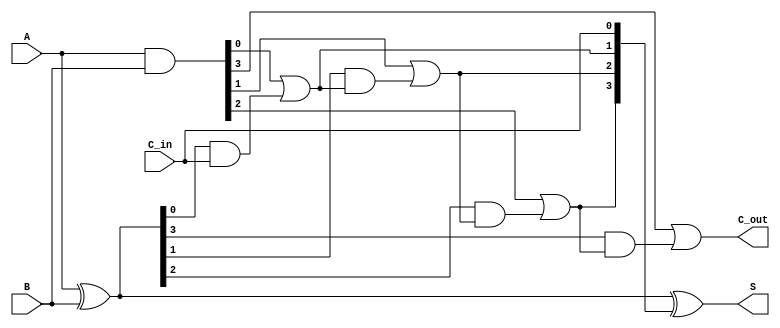
module CarryLookaheadAdder #(
    parameter N = 4 // Number of bits
)(
    input [N-1:0] A,      // First n-bit binary number
    input [N-1:0] B,      // Second n-bit binary number
    input C_in,           // Carry input
    output [N-1:0] S,     // Sum output
    output C_out          // Carry output
);

    // Generate and Propagate signals
    wire [N-1:0] G; // Generate signals
    wire [N-1:0] P; // Propagate signals
    wire [N:0] C; // Carry signals, C[0] is C_in

    // Generate and Propagate computation
    assign G = A & B;             // G[i] = A[i] & B[i]
    assign P = A ^ B;             // P[i] = A[i] ^ B[i]

    // Carry lookahead logic
    assign C[0] = C_in; // C[0] is the carry input

    genvar i;
    generate
        for (i = 0; i < N; i = i + 1) begin : carry_logic
            // Calculate carry for each bit
            if (i == 0) begin
                assign C[i+1] = G[i] | (P[i] & C[i]); // C[1]
            end else begin
                assign C[i+1] = G[i] | (P[i] & C[i]); // C[i+1]
            end
        end
    endgenerate

    // Sum calculation
    assign S = P ^ C[N-1:0]; // S[i] = P[i] ^ C[i]

    // Carry out
    assign C_out = C[N]; // C_out is the carry out

endmodule